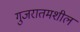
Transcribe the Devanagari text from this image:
गुजरातमशील